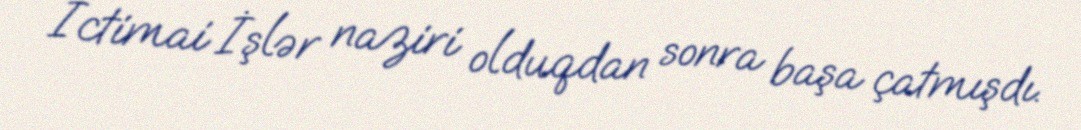
İctimai İşlər naziri olduqdan sonra başa çatmışdı.